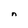
Character: n